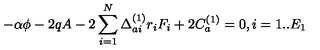
- \alpha \phi - 2 q A - 2 \sum _ { i = 1 } ^ { N } \Delta _ { a i } ^ { ( 1 ) } r _ { i } F _ { i } + 2 C _ { a } ^ { ( 1 ) } = 0 , i = 1 . . E _ { 1 }